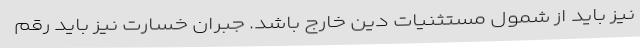
نیز باید از شمول مستثنیات دین خارج باشد. جبران خسارت نیز باید رقم